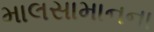
માલસામાનના